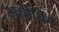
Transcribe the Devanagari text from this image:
अचीविंग